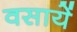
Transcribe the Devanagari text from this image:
वसायें